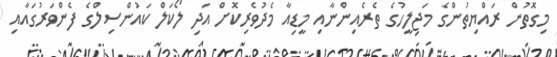
މިގޮތުން ރައްޔިތުންގެ މަޖިލީހުގެ ތެރެއިންނާއި މީޑިއާ މެދުވެރިކޮށް އަދި ލޯކަލް ކައުންސިލްގެ ފެންވަރުގައާއި